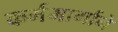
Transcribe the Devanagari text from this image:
कर्ममार्गाने